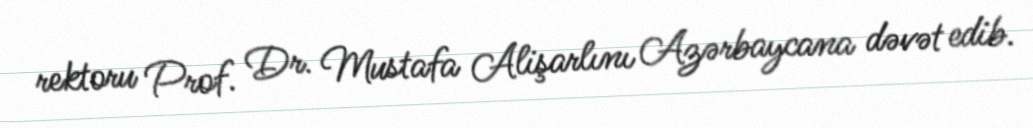
rektoru Prof. Dr. Mustafa Alişarlını Azərbaycana dəvət edib.